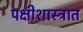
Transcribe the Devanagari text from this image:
पक्षीशास्त्रात